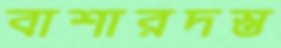
বাশারদস্ত